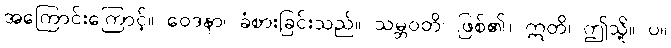
အကြောင်းကြောင့်။ ဝေဒနာ၊ ခံစားခြင်းသည်။ သမ္ဘဝတိ၊ ဖြစ်၏။ ဣတိ၊ ဤသို့။ ပ။